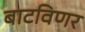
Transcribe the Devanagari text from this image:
बाटविणर